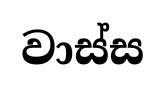
වාස්ස